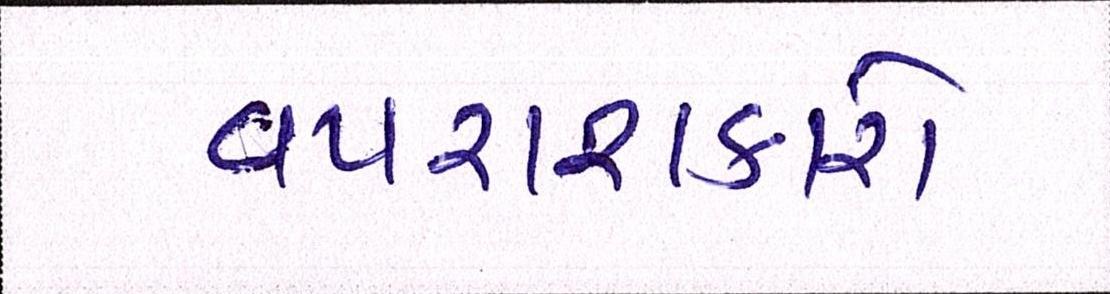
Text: વપરાશકારો